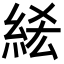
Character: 𥿭